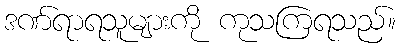
ဒဏ်ရာရသူများကို ကုသကြရသည်။